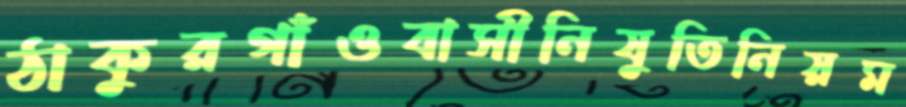
ঠাকুরগাঁওবাসীনিষুতিনিয়ম